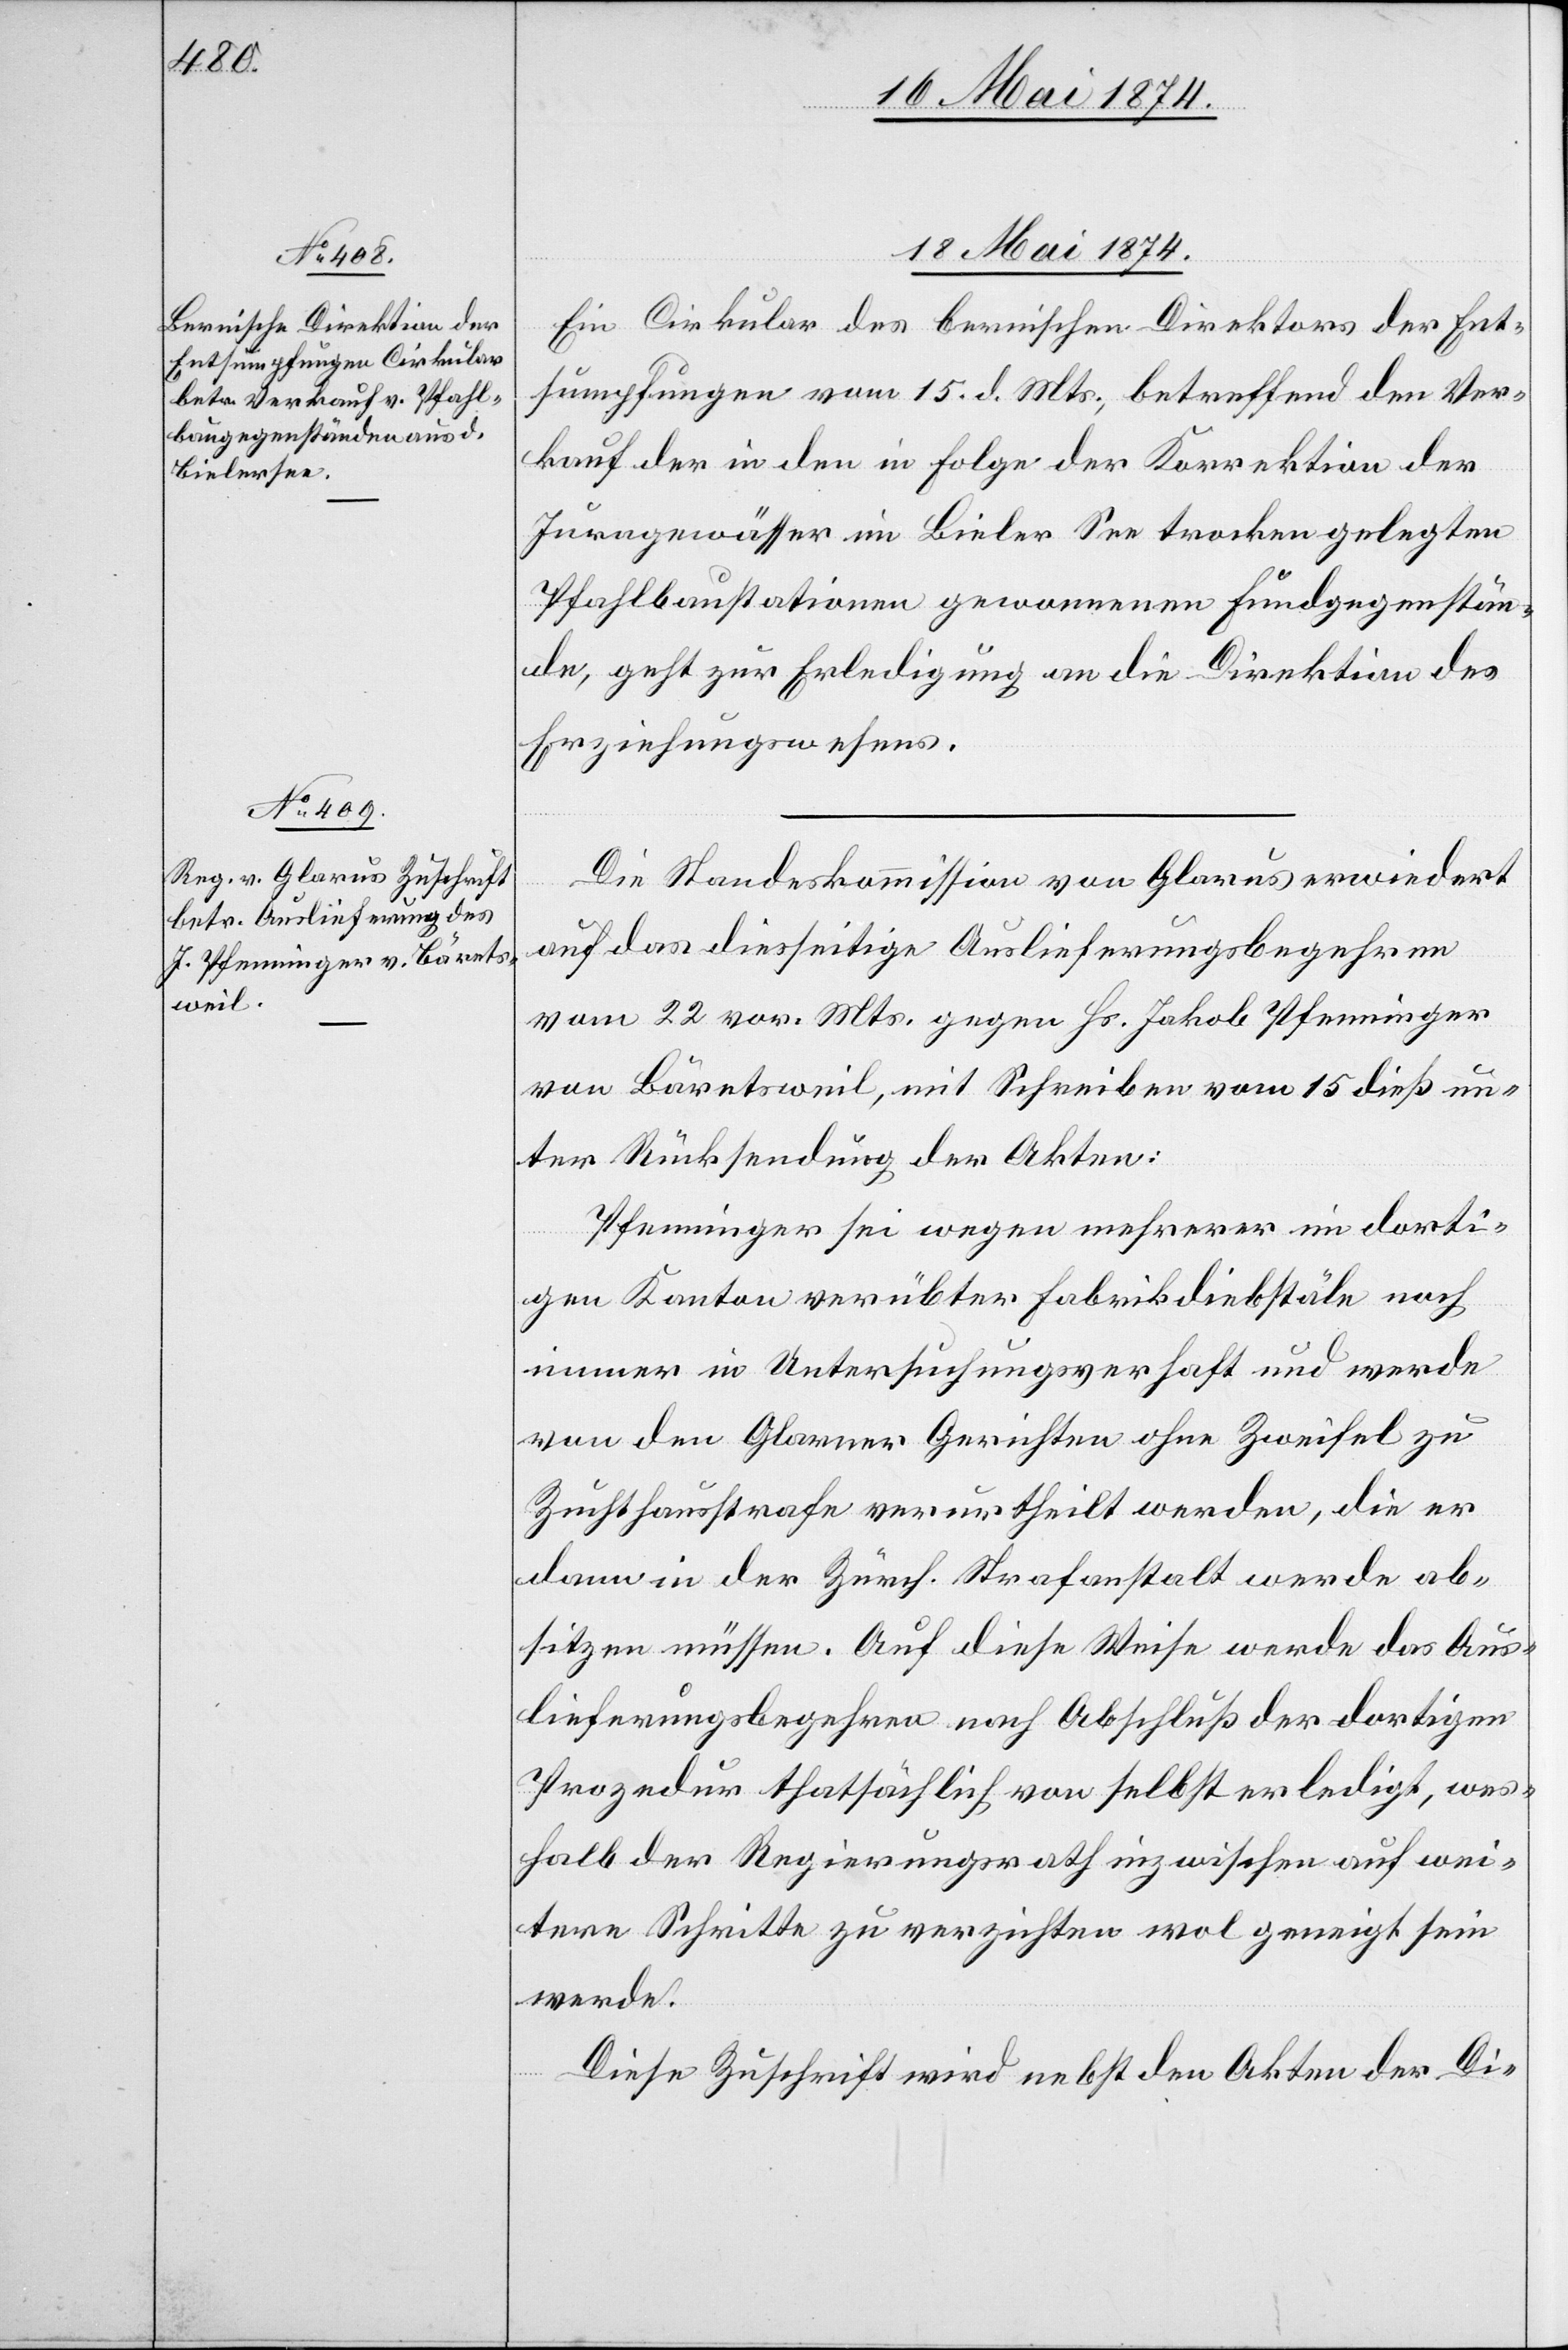
18. Mai 1874.]
Ein Cirkular des bernischen Direktors der Ent¬
sumpfungen vom 15. d. Mts., betreffend den Ver¬
kauf der in den in Folge der Korrektion der
Juragewässer im Bieler See trocken gelegten
Pfahlbaustationen gewonnenen Fundgegenstän¬
de, geht zur Erledigung an die Direktion des
Erziehungswesens.
Die Standeskommission von Glarus erwiedert
auf das diesseitige Auslieferungsbegehren
vom 22. vor. Mts. gegen Hs. Jakob Pfenninger
von Bäretsweil, mit Schreiben vom 15. dieß un¬
ter Rücksendung der Akten:
Pfenninger sei wegen mehrerer im dorti¬
gen Kanton verübter Fabrikdiebstäle noch
immer in Untersuchungsverhaft und werde
von den Glarner Gerichten ohne Zweifel zu
Zuchthausstrafe verurtheilt werden, die er
dann in der Zürch. Strafanstalt werde ab¬
sitzen müssen. Auf diese Weise werde das Aus¬
lieferungsbegehren nach Abschluß der dortigen
Prozedur thatsächlich von selbst erledigt, wes¬
halb der Regierungsrath inzwischen auf wei¬
tere Schritte zu verzichten wol geneigt sein
werde.
Diese Zuschrift wird nebst den Akten der Di-